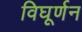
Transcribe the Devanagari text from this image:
विघूर्णन